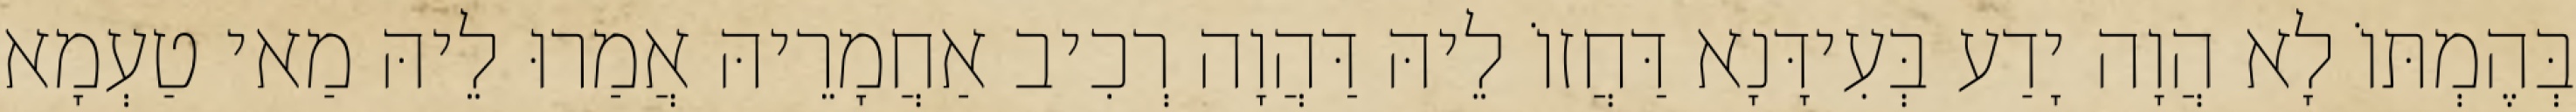
בְּהֶמְתּוֹ לָא הֲוָה יָדַע בְּעִידָּנָא דַּחֲזוֹ לֵיהּ דַּהֲוָה רְכִיב אַחֲמָרֵיהּ אֲמַרוּ לֵיהּ מַאי טַעְמָא